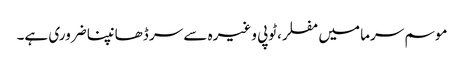
موسم سرما میں مفلر،ٹوپی وغیرہ سے سر ڈھانپنا ضروری ہے۔